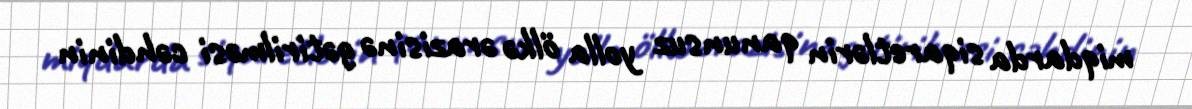
miqdarda siqaretlərin qanunsuz yolla ölkə ərazisinə gətirilməsi cəhdinin